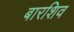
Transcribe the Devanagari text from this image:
बारशिव